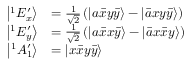
\begin{array} { r l } { \left| ^ { 1 } E _ { x } ^ { \prime } \right\rangle } & { = \frac { 1 } { \sqrt { 2 } } \left( \left| a \bar { x } y \bar { y } \right\rangle - \left| \bar { a } x y \bar { y } \right\rangle \right) } \\ { \left| ^ { 1 } E _ { y } ^ { \prime } \right\rangle } & { = \frac { 1 } { \sqrt { 2 } } \left( \left| a \bar { x } x \bar { y } \right\rangle - \left| \bar { a } x \bar { x } y \right\rangle \right) } \\ { \left| ^ { 1 } A _ { 1 } ^ { \prime } \right\rangle } & { = \left| x \bar { x } y \bar { y } \right\rangle } \end{array}